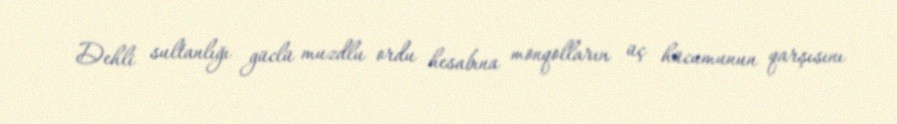
Dehli sultanlığı güclü muzdlu ordu hesabına monqolların üç hücumunun qarşısını